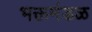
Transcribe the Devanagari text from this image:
भक्तमंडळ